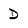
Character: D